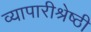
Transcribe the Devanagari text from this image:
व्यापारीश्रेष्ठी